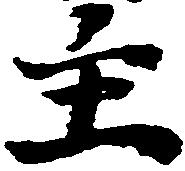
主